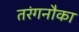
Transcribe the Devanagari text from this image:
तरंगनौका